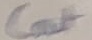
Text: Cout